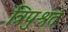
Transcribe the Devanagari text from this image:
त्रिपुश्रत